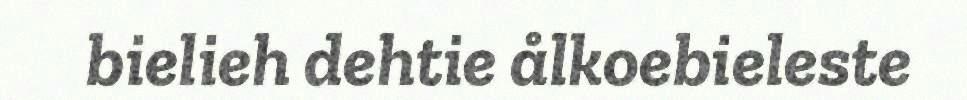
bielieh dehtie ålkoebieleste